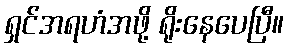
ရှင်အရဟံအဖို့ ရိုးနေပေပြီ။